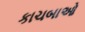
કાચબાઓ